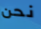
نحن